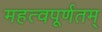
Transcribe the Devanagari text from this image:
महत्वपूर्णतम्